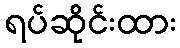
ရပ်ဆိုင်းထား